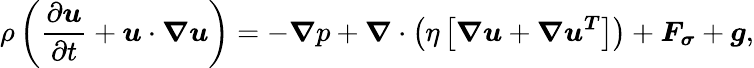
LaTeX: \rho\left(\frac{\partial\boldsymbol{u}}{\partial t}+\boldsymbol{u}\cdot\boldsymbol{\nabla u}\right)=-\boldsymbol{\nabla}p+\boldsymbol{\nabla}\cdot\left(\eta\left[\boldsymbol{\nabla u}+\boldsymbol{\nabla u^{T}}\right]\right)+\boldsymbol{F_{\sigma}}+\boldsymbol{g},